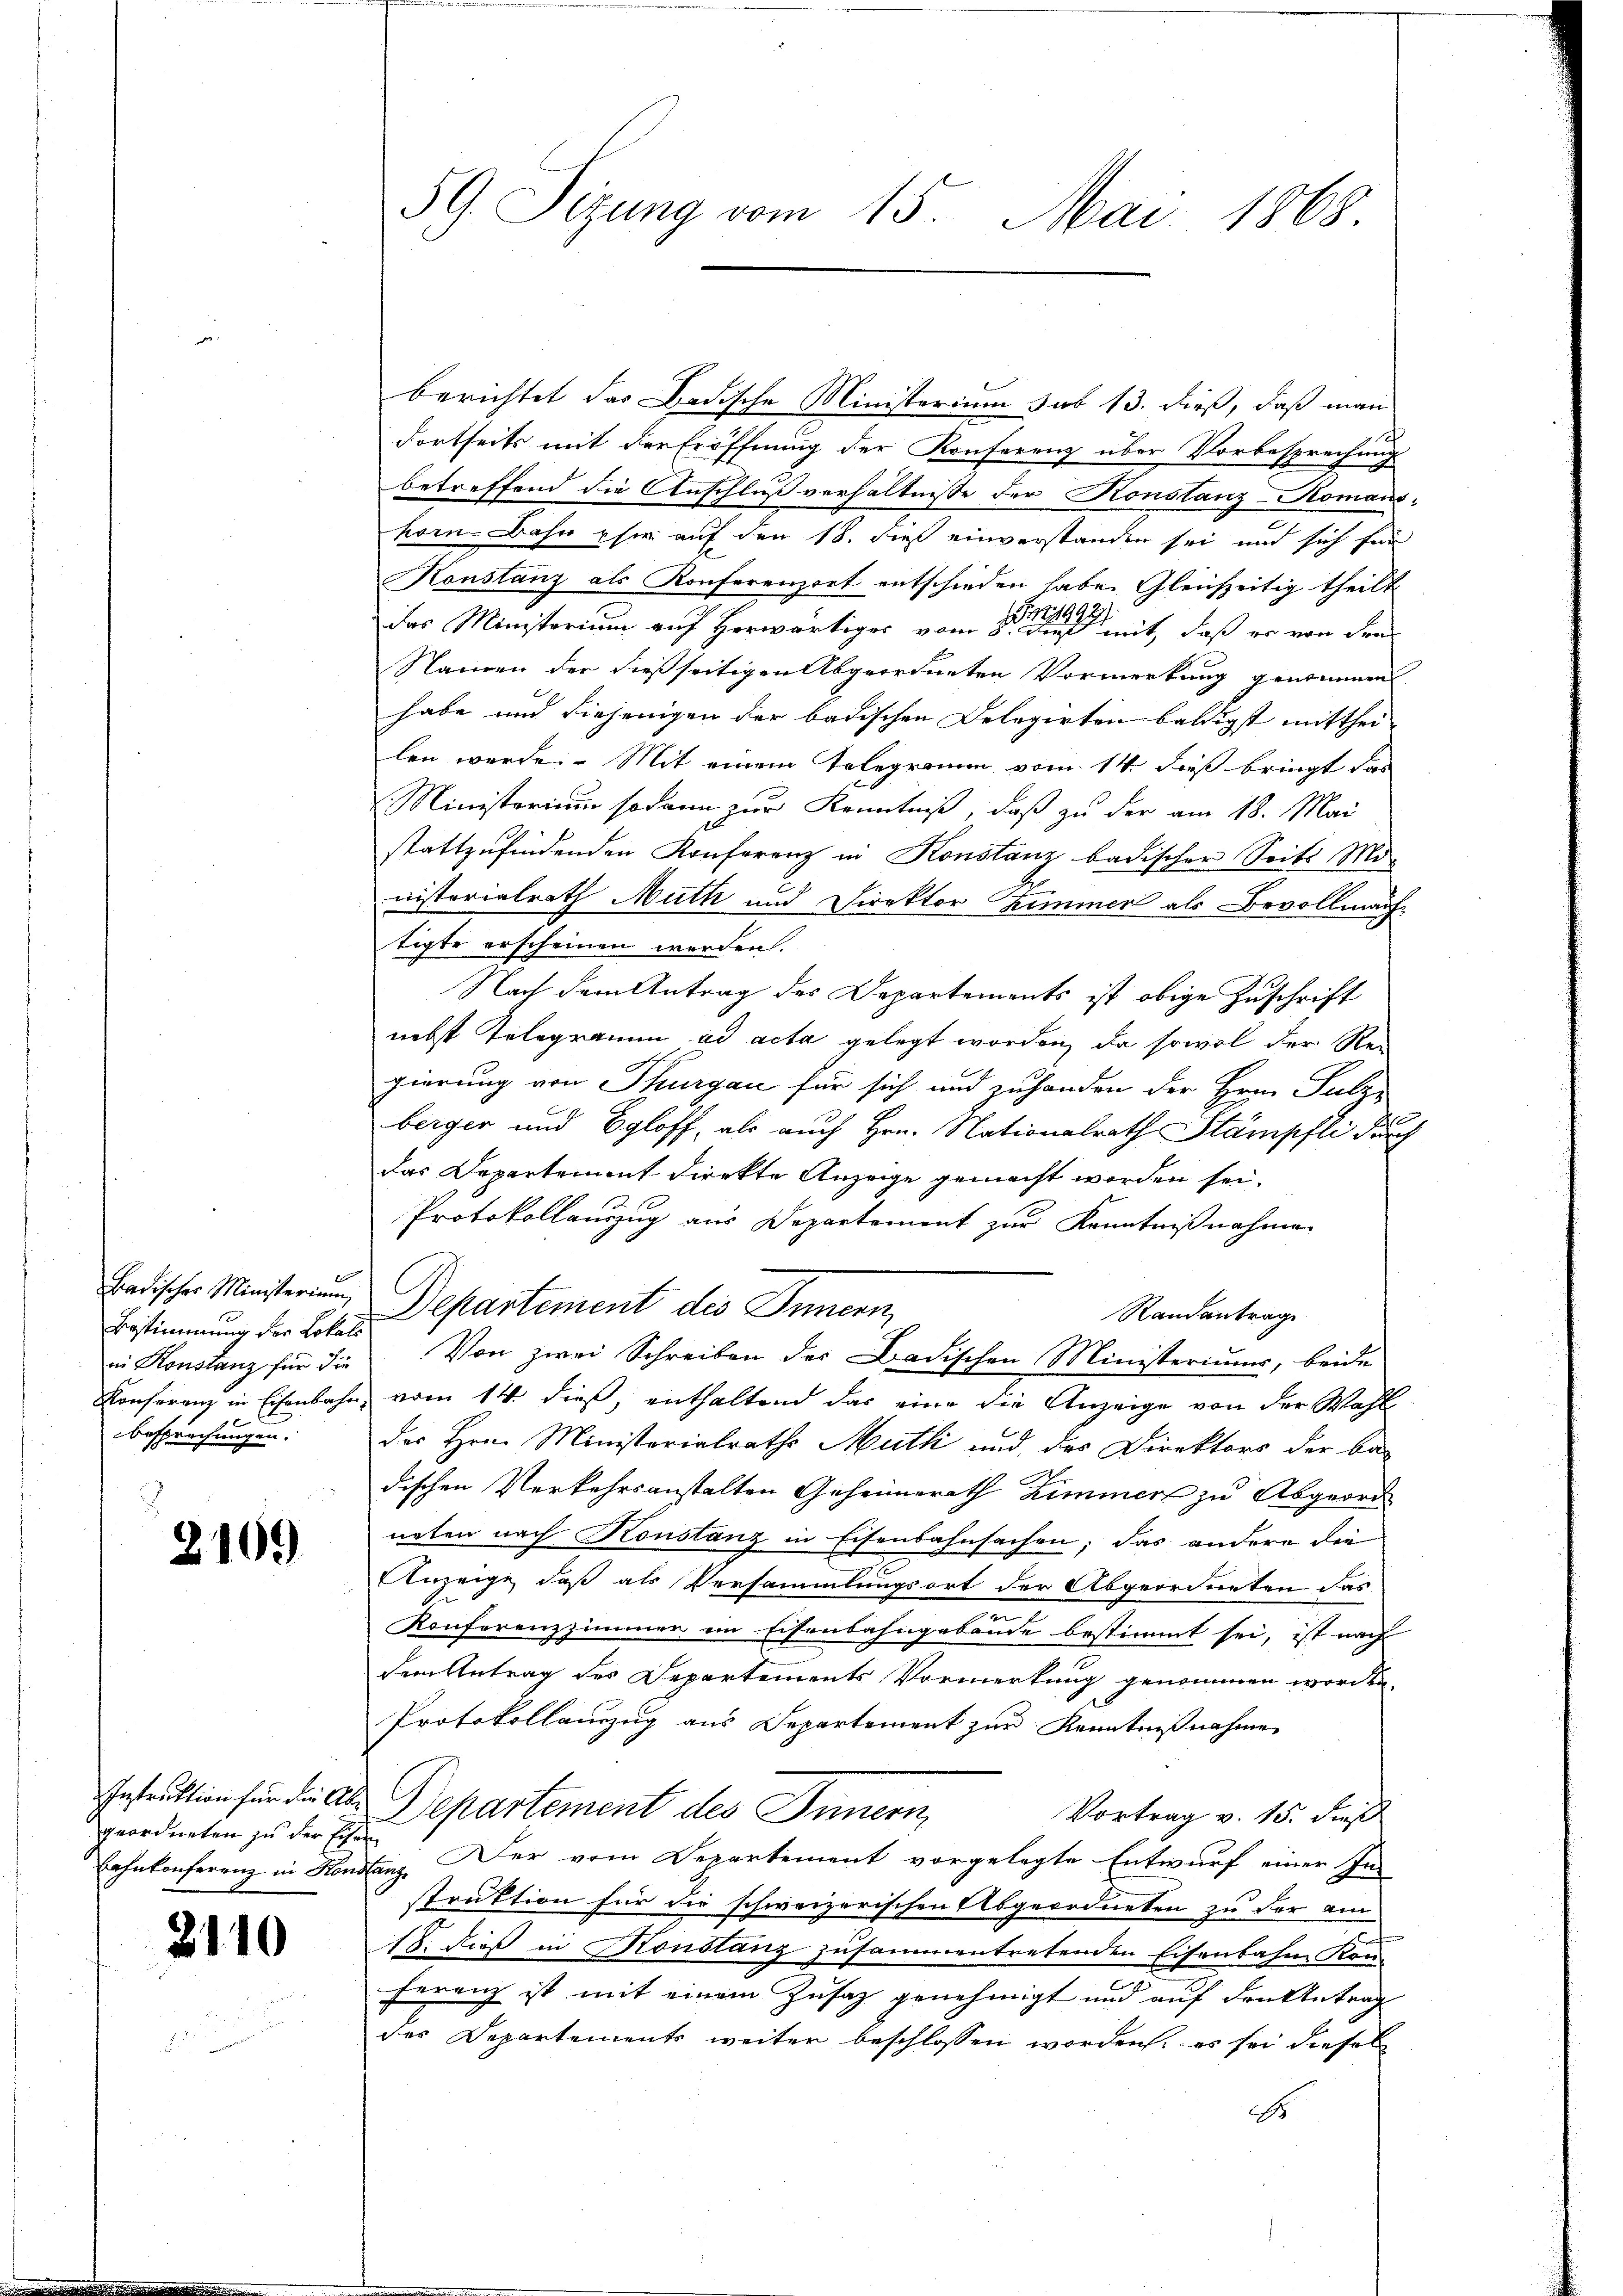
Badischer Ministerium,
Bestimmung der Lokals
in Konstanz für die
Konsorenz in Eisenbahn

besprechungen.

2109

Instruktion für die Abgeordneten zu der Eis.
Lahnkonferenz in Kon

2110

59. Sizung vom 15. Mai 1868.

berichtet das Badische Ministerium sub 13. dieß, daß man
dortseits mit der Eröffnung der Konferenz über Vorbesprechung
betreffend die Anschluß verhältnisse der Konstanz-Komans-
kor-Bahn per auf den 18. des einverstanden sei und sich für
Konstanz als Konferenzort entschieden habe. Gleichzeitig theilt
das Ministerium auf Herwärtiges vom 8ten erheit, daß er von der
Namen der dießseitigen Abgeordneten Vormerkung genommen
habe und diejenigen der badischen Delegirten baldigst mitthei-
len werde. Mit einem Telegramm vom 14. dieß bringt das
Ministorium sodann zur Kenntniß, daß zu der am 18. Mai
stattzufindenden Konferenz in Konstanz badischer Seits Mo¬
R
nisterialrath Muth und Direktor Zimmer als Bevollmache
tigte erscheinen werden.
Nach dem Antrag des Departements ist obige Zuschrift
nebst Telegramm ad acta gelegt worden, da sowol der Rei
gierung von Thurgau für sich und zuhanden der Hrn. Guber
C
berger und Egloff, als auch Hrn. Nationalrath Stämpfli durch
das Departement direkte Anzeige gemacht worden sei.
Protokollauszug aus Departement zur Kenntnißnahme
Departement des Innern,
Randantrag
Von zwei Schreiben des Badischen Ministeriums, beide
vom 14. dieß, enthaltend das eine die Anzeige von der Wahl
des Hrn. Ministerialraths Muth und des Direktors der be-
dischen Verkehrsanstalten Geheimerath Zimmers zu Abgeord
neten nach Konstanz in Eisenbahnsachen; das andere die
Anzeige, daß als Versammlungsort der Abgeordneten das
Konferenzzimmer im Eisenbahngebäude bestimmt sei, ist nach
dem Antrag des Departements Vormerkung genommen worden.
Protokollauszug aus Separtement zur Kenntnißnahme
Departement des Innern,
Vortrag v. 15. dieß
lini Der vom Departement vorgelegte Entwurf einer Instruktion für die schweizerischen Abgeordneten zu der am
18. dieß in Konstanz zusammentretenden Eisenbahn Kon-
Ferenz ist mit einem Zusatz genehmigt und auf den Antrag
des Departements weiter beschlossen worden, es sei diesel
d